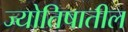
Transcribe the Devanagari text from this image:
ज्योतिषातील